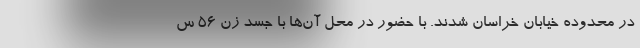
در محدوده خیابان خراسان شدند. با حضور در محل آن‌ها با جسد زن ۵۶ س